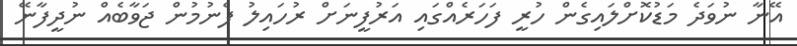
އޭނާ ނުވަދެ މަޑުކޮށްލައިގެން ހުރީ ފަހަރެއްގައި އަރުފީނަށް ރުހައިލު ފެނުމުން ޖަވާބެއް ނުދީފާނޭ